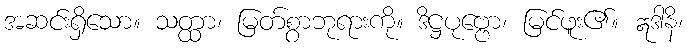
အဆင်းရှိသော။ သတ္ထာ၊ မြတ်စွာဘုရားကို။ ဒိဋ္ဌပုဗ္ဗော၊ မြင်ဖူး၏။ ဣဒါနိ၊